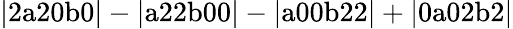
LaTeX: \mathrm{|2a20b0|-|a22b00|-|a00b22|+|0a02b2|}